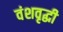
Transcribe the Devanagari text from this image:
वंशवृद्धी